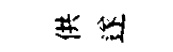
供遂